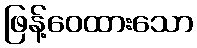
ဖြန့်ဝေထားသော